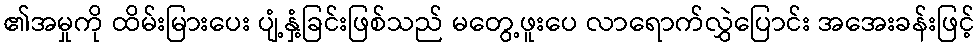
၏အမှုကို ထိမ်းမြားပေး ပျံ့နှံ့ခြင်းဖြစ်သည် မတွေ့ဖူးပေ လာရောက်လွှဲပြောင်း အအေးခန်းဖြင့်